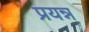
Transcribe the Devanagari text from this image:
प्रयन्न